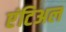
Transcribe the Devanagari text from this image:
एंटिअल